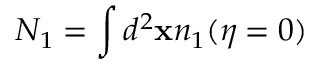
N _ { 1 } = \int d ^ { 2 } \mathbf { x } n _ { 1 } ( \eta = 0 )